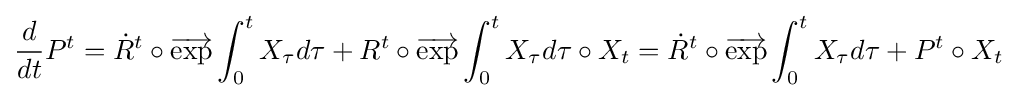
\displaystyle {{\frac {d}{dt}}P^{t}={\dot {R}}^{t}\circ {\overrightarrow {\mathrm {exp} }}\int _{0}^{t}X_{\tau }d\tau +R^{t}\circ {\overrightarrow {\mathrm {exp} }}\int _{0}^{t}X_{\tau }d\tau \circ X_{t}={\dot {R}}^{t}\circ {\overrightarrow {\mathrm {exp} }}\int _{0}^{t}X_{\tau }d\tau +P^{t}\circ X_{t}}